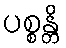
ပစ္စန္တိ